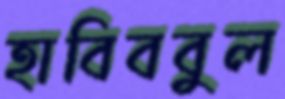
হাবিববুল